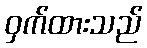
ဝှက်ထားသည်